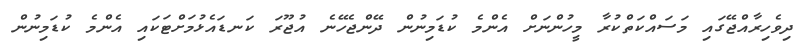
ދިވެހިރާއްޖޭގައި މަސައްކަތްކުރާ މީހުންނަށް އެންމެ ކުޑަމިނުން ދޭންޖެހޭނެ އުޖޫރަ ކަނޑައެޅުމަށްޓަކައި އެންމެ ކުޑަމިނުން